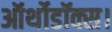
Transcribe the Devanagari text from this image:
ऑर्थोडॉक्स।